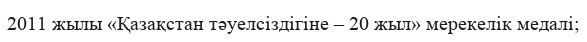
2011 жылы «Қазақстан тәуелсіздігіне – 20 жыл» мерекелік медалі;